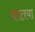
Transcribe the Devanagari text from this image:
कातया